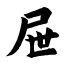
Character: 屉